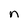
Character: n